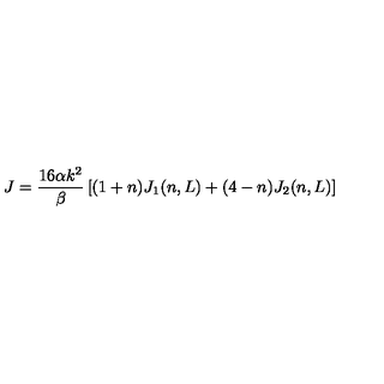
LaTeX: J = \frac { 1 6 \alpha k ^ { 2 } } { \beta } \left[ ( 1 + n ) J _ { 1 } ( n , L ) + ( 4 - n ) J _ { 2 } ( n , L ) \right]